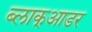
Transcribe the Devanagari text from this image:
ब्लाक्आडर